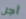
أجل